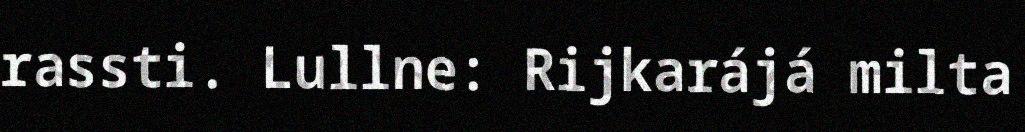
rassti. Lullne: Rijkarájá milta